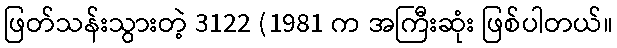
ဖြတ်သန်းသွားတဲ့ 3122 (1981 က အကြီးဆုံး ဖြစ်ပါတယ်။